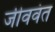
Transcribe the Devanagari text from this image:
जीववंत